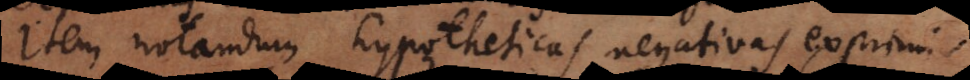
Item notandum hypotheticas negativas exprimi